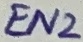
Text: EN2